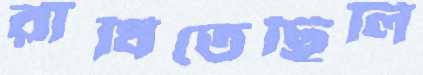
রাঁধিতেছিলি